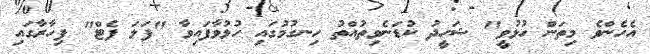
އެހެންވެ މިތަން ހުޅުވީ" ޝަހީދު ކުޑަނެވިތުއްތު ހިނގުމުގައި ހުޅުވާފައިވާ "ފަލަ ފެޓް" ފިހާރާގައި